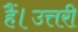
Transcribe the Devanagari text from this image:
हैं।उत्तरी